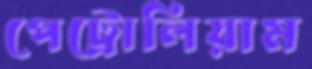
পেট্রোলিয়াম